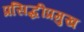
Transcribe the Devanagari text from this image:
प्रसिद्धीप्रमुख